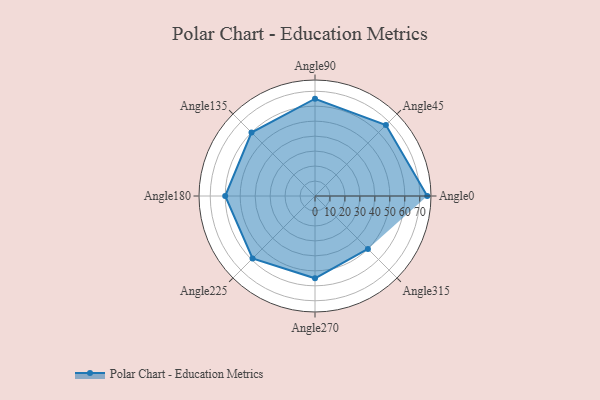
{"axis": {"x": "Angle", "y": "Radius"}, "legend": [""], "data": [{"x": "Angle0", "y": 75.0, "type": ""}, {"x": "Angle45", "y": 67.0, "type": ""}, {"x": "Angle90", "y": 65.0, "type": ""}, {"x": "Angle135", "y": 60.0, "type": ""}, {"x": "Angle180", "y": 60.0, "type": ""}, {"x": "Angle225", "y": 59.0, "type": ""}, {"x": "Angle270", "y": 55.0, "type": ""}, {"x": "Angle315", "y": 50, "type": ""}]}